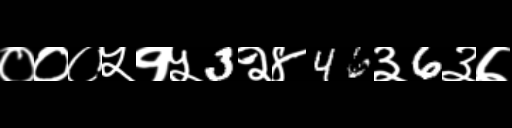
Text: ०००५१५3२४46३6३७